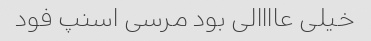
خیلی عاااالی بود مرسی اسنپ فود